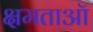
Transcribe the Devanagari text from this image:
क्षमताऑ